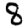
Digit: 8